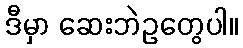
ဒီမှာ ဆေးဘဲဥတွေပါ။